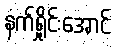
နက်ရှိုင်းအောင်